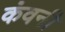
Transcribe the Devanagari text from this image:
कंवनी